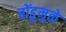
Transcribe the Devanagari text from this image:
बोंडूमुळे